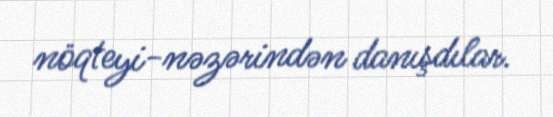
nöqteyi-nəzərindən danışdılar.